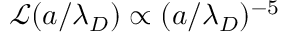
\mathcal { L } ( a / \lambda _ { D } ) \propto ( a / \lambda _ { D } ) ^ { - 5 }